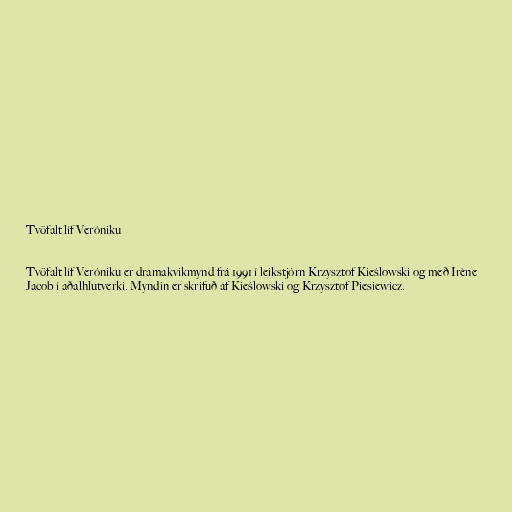
Tvöfalt líf Veróniku

Tvöfalt líf Veróniku er dramakvikmynd frá 1991 í leikstjórn Krzysztof Kieślowski og með Irène
Jacob í aðalhlutverki. Myndin er skrifuð af Kieślowski og Krzysztof Piesiewicz.